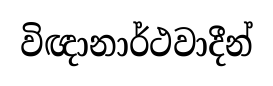
විඥානාර්ථවාදීන්